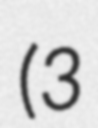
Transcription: (3